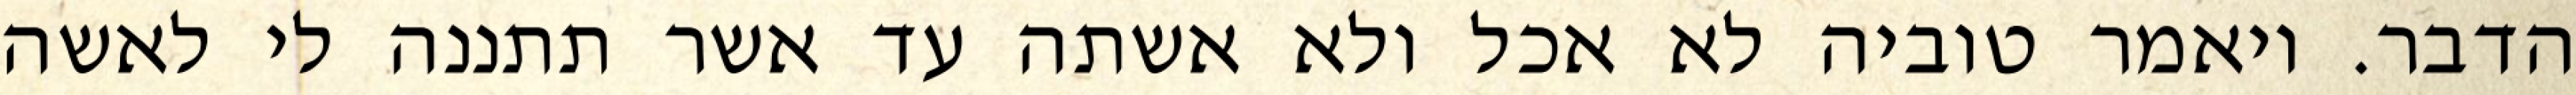
הדבר. ויאמר טוביה לא אכל ולא אשתה עד אשר תתננה לי לאשה